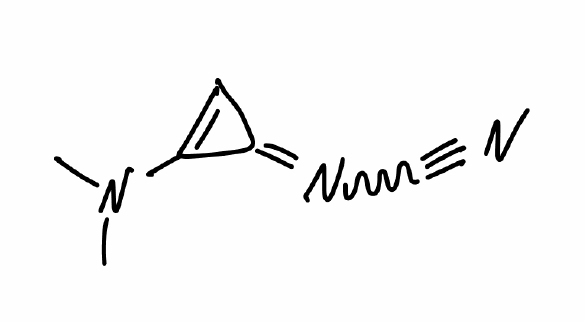
Simplified molecular-input line-entry system (SMILES) notation of the given molecule:
CN(C)C1=CC1=NC#N